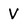
Character: V